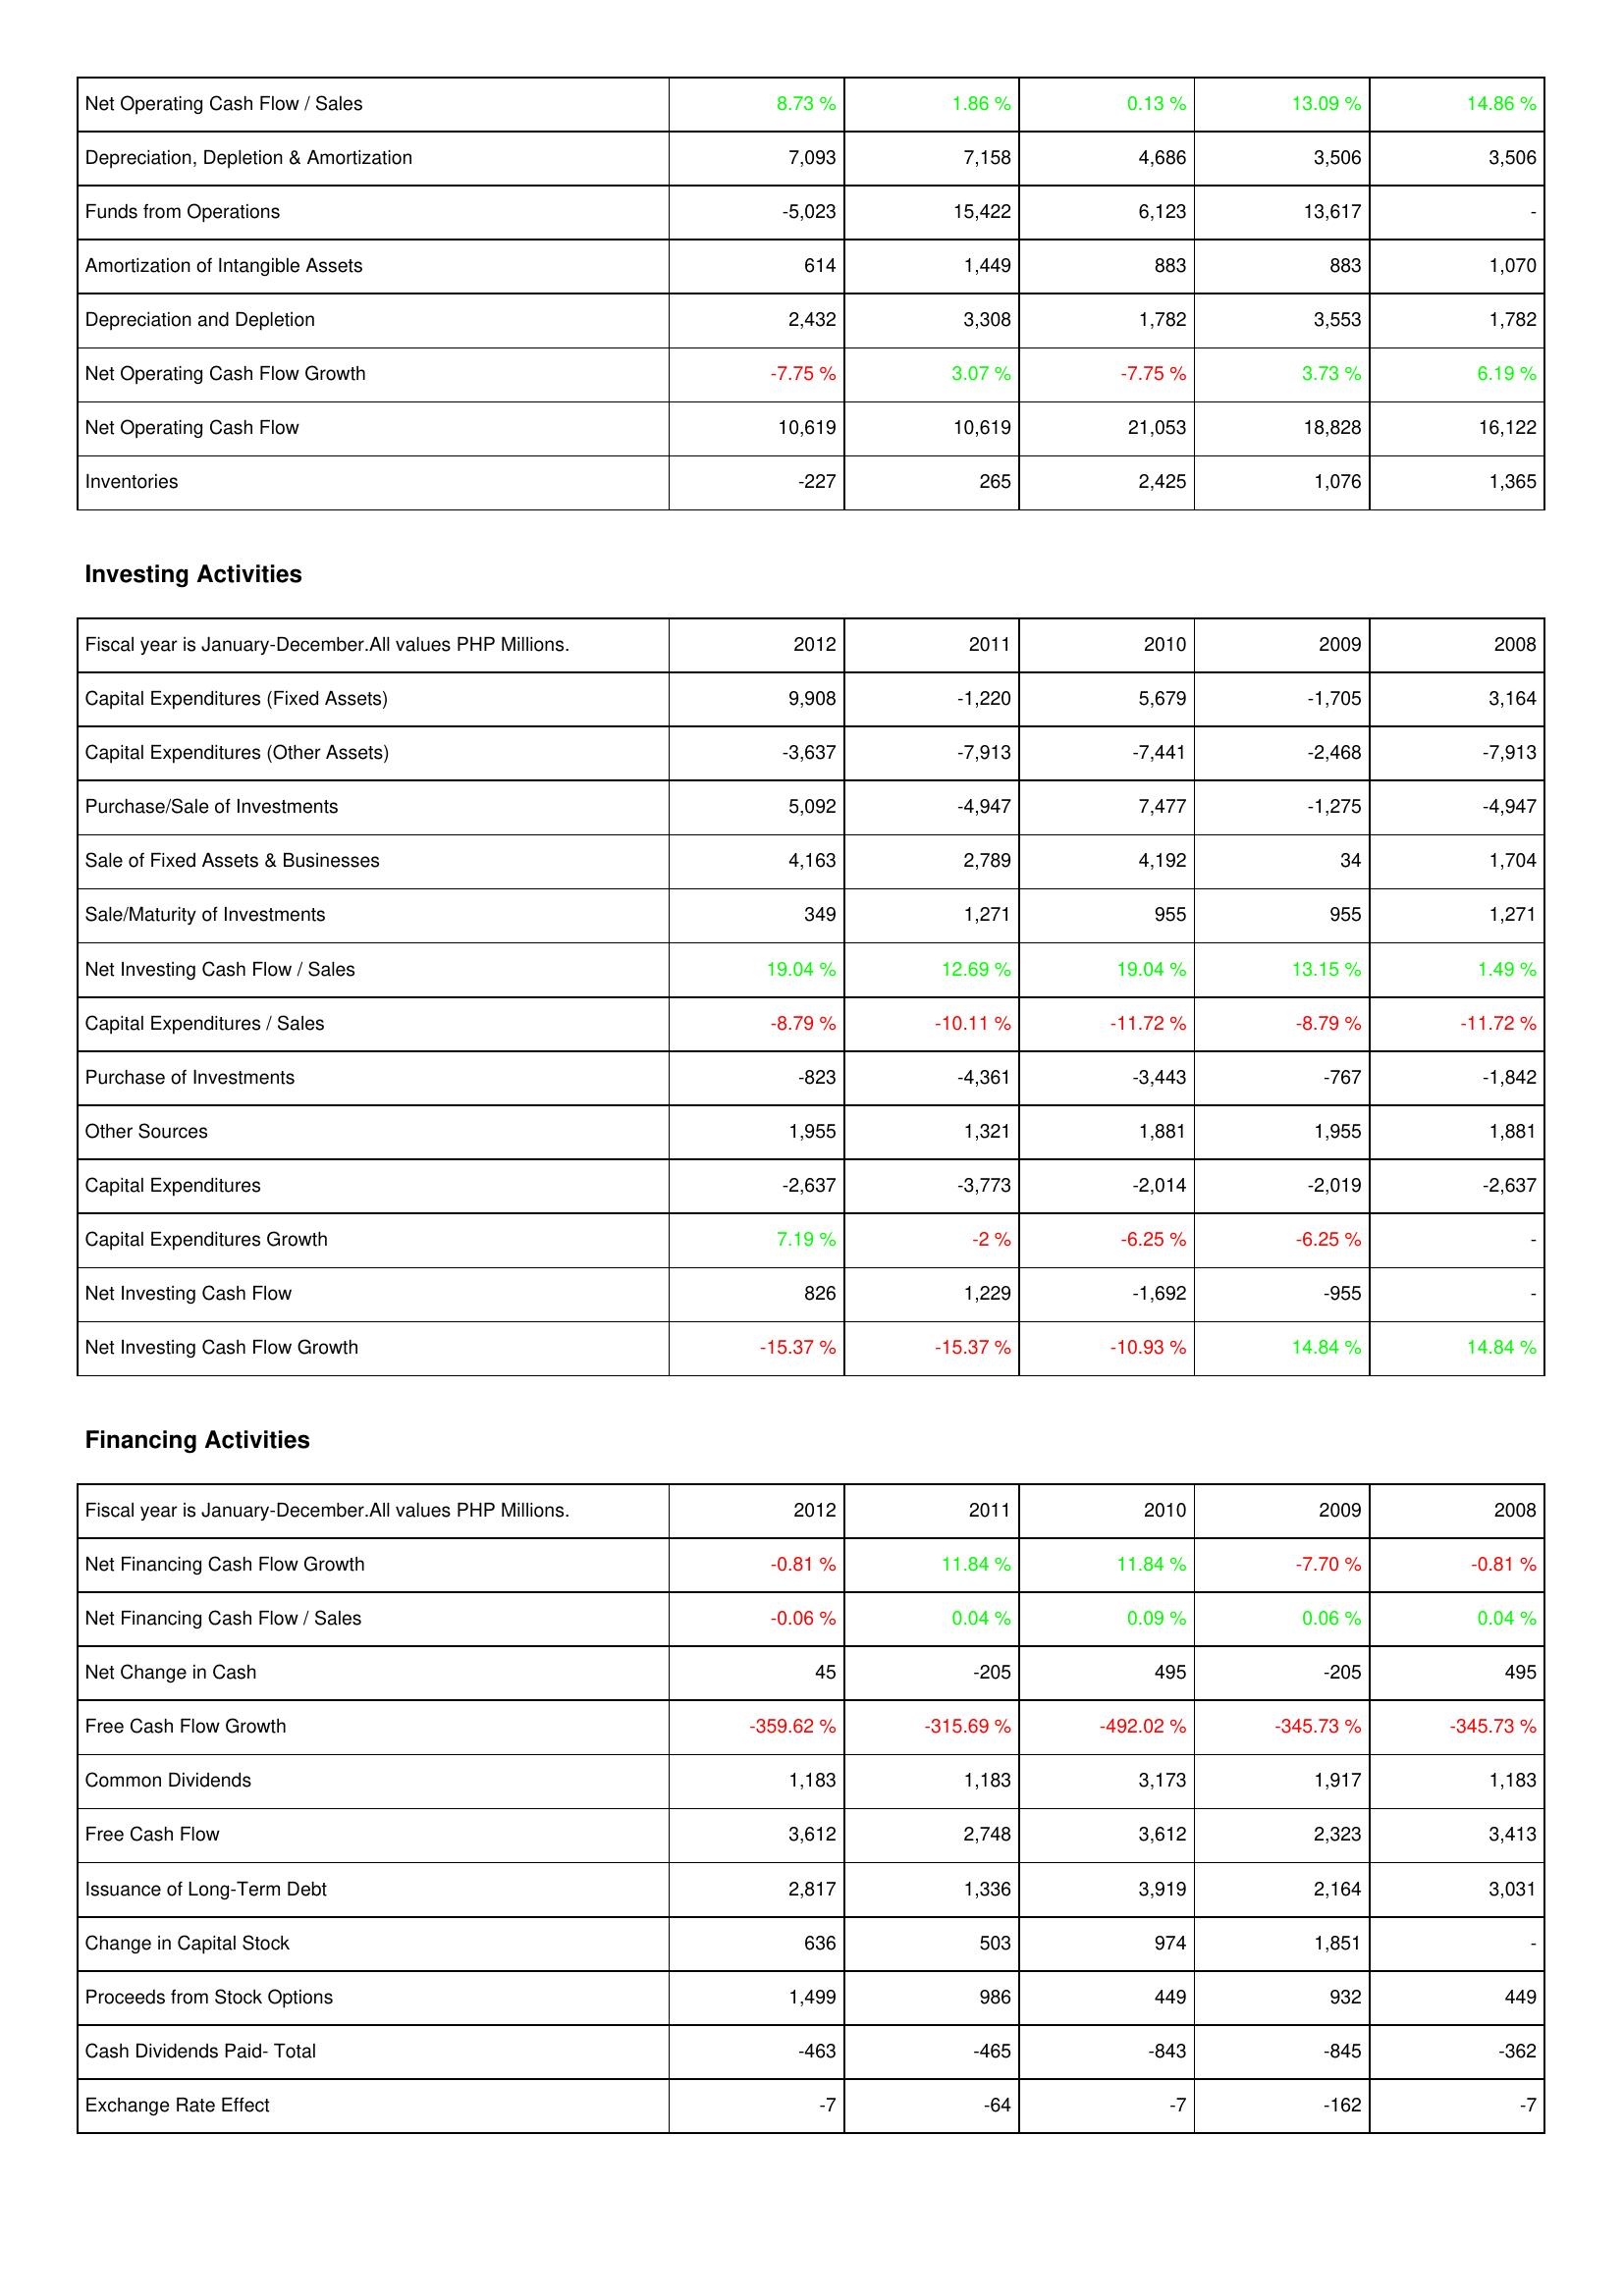
2012: Operating Activities: Net Operating Cash Flow / Sales: 8.73 %
Depreciation, Depletion & Amortization: 7,093
Funds from Operations: -5,023
Amortization of Intangible Assets: 614
Depreciation and Depletion: 2,432
Net Operating Cash Flow Growth: -7.75 %
Net Operating Cash Flow: 10,619
Inventories: -227
Investing Activities: Capital Expenditures (Fixed Assets): 9,908
Capital Expenditures (Other Assets): -3,637
Purchase/Sale of Investments: 5,092
Sale of Fixed Assets & Businesses: 4,163
Sale/Maturity of Investments: 349
Net Investing Cash Flow / Sales: 19.04 %
Capital Expenditures / Sales: -8.79 %
Purchase of Investments: -823
Other Sources: 1,955
Capital Expenditures: -2,637
Capital Expenditures Growth: 7.19 %
Net Investing Cash Flow: 826
Net Investing Cash Flow Growth: -15.37 %
Financing Activities: Net Financing Cash Flow Growth: -0.81 %
Net Financing Cash Flow / Sales: -0.06 %
Net Change in Cash: 45
Free Cash Flow Growth: -359.62 %
Common Dividends: 1,183
Free Cash Flow: 3,612
Issuance of Long-Term Debt: 2,817
Change in Capital Stock: 636
Proceeds from Stock Options: 1,499
Cash Dividends Paid- Total: -463
Exchange Rate Effect: -7
2011: Operating Activities: Net Operating Cash Flow / Sales: 1.86 %
Depreciation, Depletion & Amortization: 7,158
Funds from Operations: 15,422
Amortization of Intangible Assets: 1,449
Depreciation and Depletion: 3,308
Net Operating Cash Flow Growth: 3.07 %
Net Operating Cash Flow: 10,619
Inventories: 265
Investing Activities: Capital Expenditures (Fixed Assets): -1,220
Capital Expenditures (Other Assets): -7,913
Purchase/Sale of Investments: -4,947
Sale of Fixed Assets & Businesses: 2,789
Sale/Maturity of Investments: 1,271
Net Investing Cash Flow / Sales: 12.69 %
Capital Expenditures / Sales: -10.11 %
Purchase of Investments: -4,361
Other Sources: 1,321
Capital Expenditures: -3,773
Capital Expenditures Growth: -2 %
Net Investing Cash Flow: 1,229
Net Investing Cash Flow Growth: -15.37 %
Financing Activities: Net Financing Cash Flow Growth: 11.84 %
Net Financing Cash Flow / Sales: 0.04 %
Net Change in Cash: -205
Free Cash Flow Growth: -315.69 %
Common Dividends: 1,183
Free Cash Flow: 2,748
Issuance of Long-Term Debt: 1,336
Change in Capital Stock: 503
Proceeds from Stock Options: 986
Cash Dividends Paid- Total: -465
Exchange Rate Effect: -64
2010: Operating Activities: Net Operating Cash Flow / Sales: 0.13 %
Depreciation, Depletion & Amortization: 4,686
Funds from Operations: 6,123
Amortization of Intangible Assets: 883
Depreciation and Depletion: 1,782
Net Operating Cash Flow Growth: -7.75 %
Net Operating Cash Flow: 21,053
Inventories: 2,425
Investing Activities: Capital Expenditures (Fixed Assets): 5,679
Capital Expenditures (Other Assets): -7,441
Purchase/Sale of Investments: 7,477
Sale of Fixed Assets & Businesses: 4,192
Sale/Maturity of Investments: 955
Net Investing Cash Flow / Sales: 19.04 %
Capital Expenditures / Sales: -11.72 %
Purchase of Investments: -3,443
Other Sources: 1,881
Capital Expenditures: -2,014
Capital Expenditures Growth: -6.25 %
Net Investing Cash Flow: -1,692
Net Investing Cash Flow Growth: -10.93 %
Financing Activities: Net Financing Cash Flow Growth: 11.84 %
Net Financing Cash Flow / Sales: 0.09 %
Net Change in Cash: 495
Free Cash Flow Growth: -492.02 %
Common Dividends: 3,173
Free Cash Flow: 3,612
Issuance of Long-Term Debt: 3,919
Change in Capital Stock: 974
Proceeds from Stock Options: 449
Cash Dividends Paid- Total: -843
Exchange Rate Effect: -7
2009: Operating Activities: Net Operating Cash Flow / Sales: 13.09 %
Depreciation, Depletion & Amortization: 3,506
Funds from Operations: 13,617
Amortization of Intangible Assets: 883
Depreciation and Depletion: 3,553
Net Operating Cash Flow Growth: 3.73 %
Net Operating Cash Flow: 18,828
Inventories: 1,076
Investing Activities: Capital Expenditures (Fixed Assets): -1,705
Capital Expenditures (Other Assets): -2,468
Purchase/Sale of Investments: -1,275
Sale of Fixed Assets & Businesses: 34
Sale/Maturity of Investments: 955
Net Investing Cash Flow / Sales: 13.15 %
Capital Expenditures / Sales: -8.79 %
Purchase of Investments: -767
Other Sources: 1,955
Capital Expenditures: -2,019
Capital Expenditures Growth: -6.25 %
Net Investing Cash Flow: -955
Net Investing Cash Flow Growth: 14.84 %
Financing Activities: Net Financing Cash Flow Growth: -7.70 %
Net Financing Cash Flow / Sales: 0.06 %
Net Change in Cash: -205
Free Cash Flow Growth: -345.73 %
Common Dividends: 1,917
Free Cash Flow: 2,323
Issuance of Long-Term Debt: 2,164
Change in Capital Stock: 1,851
Proceeds from Stock Options: 932
Cash Dividends Paid- Total: -845
Exchange Rate Effect: -162
2008: Operating Activities: Net Operating Cash Flow / Sales: 14.86 %
Depreciation, Depletion & Amortization: 3,506
Funds from Operations: -
Amortization of Intangible Assets: 1,070
Depreciation and Depletion: 1,782
Net Operating Cash Flow Growth: 6.19 %
Net Operating Cash Flow: 16,122
Inventories: 1,365
Investing Activities: Capital Expenditures (Fixed Assets): 3,164
Capital Expenditures (Other Assets): -7,913
Purchase/Sale of Investments: -4,947
Sale of Fixed Assets & Businesses: 1,704
Sale/Maturity of Investments: 1,271
Net Investing Cash Flow / Sales: 1.49 %
Capital Expenditures / Sales: -11.72 %
Purchase of Investments: -1,842
Other Sources: 1,881
Capital Expenditures: -2,637
Capital Expenditures Growth: -
Net Investing Cash Flow: -
Net Investing Cash Flow Growth: 14.84 %
Financing Activities: Net Financing Cash Flow Growth: -0.81 %
Net Financing Cash Flow / Sales: 0.04 %
Net Change in Cash: 495
Free Cash Flow Growth: -345.73 %
Common Dividends: 1,183
Free Cash Flow: 3,413
Issuance of Long-Term Debt: 3,031
Change in Capital Stock: -
Proceeds from Stock Options: 449
Cash Dividends Paid- Total: -362
Exchange Rate Effect: -7